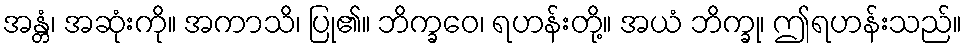
အန္တံ၊ အဆုံးကို။ အကာသိ၊ ပြု၏။ ဘိက္ခဝေ၊ ရဟန်းတို့။ အယံ ဘိက္ခု၊ ဤရဟန်းသည်။